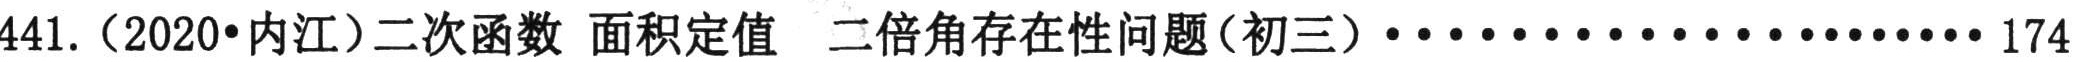
441.（2020•内江）二次函数 面积定值 二倍角存在性问题（初三）·························· 174